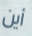
أين